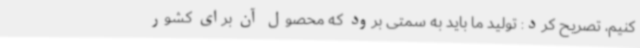
کنیم، تصریح کرد: تولید ما باید به سمتی برود که محصول آن برای کشور